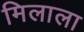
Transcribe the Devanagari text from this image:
मिलाला